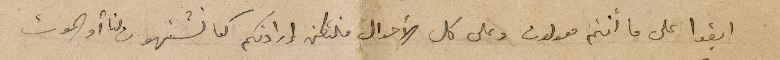
ابقوا على ما انتم معولون وعلى كل الأحوال فلتكن إرادتكم كما تشتهون لنا أو الموت